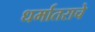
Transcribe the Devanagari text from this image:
धर्मातराचे